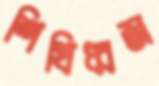
শিখিধ্বজ